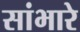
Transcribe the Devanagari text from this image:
सांभारे